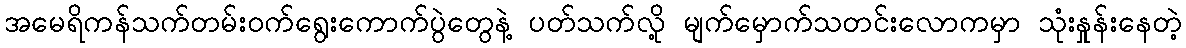
အမေရိကန်သက်တမ်းဝက်ရွေးကောက်ပွဲတွေနဲ့ ပတ်သက်လို့ မျက်မှောက်သတင်းလောကမှာ သုံးနှုန်းနေတဲ့